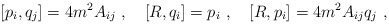
\begin{align*}[p_i,q_j]=4m^2A_{ij}\ ,\quad [R,q_i]=p_i \ ,\quad [R,p_i]=4m^2A_{ij}q_j\ ,\end{align*}